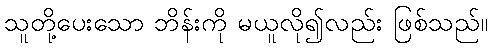
သူတို့ပေးသော ဘိန်းကို မယူလို၍လည်း ဖြစ်သည်။